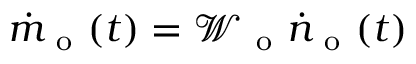
\dot { m } _ { \mathrm { ~ o ~ } } ( t ) = \mathcal { W } _ { \mathrm { ~ o ~ } } \dot { n } _ { \mathrm { ~ o ~ } } ( t )